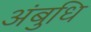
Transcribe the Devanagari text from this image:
अंबुधि